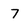
Character: 7